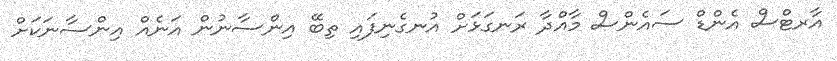
އާރޓްސް އެންޑް ސައެންސް މާއްދާ ރަނގަޅަށް އުނގެނިފައި ތިބޭ އިންސާނުން އަނެއް އިންސާނަކަށް